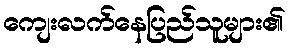
ကျေးလက်နေပြည်သူများ၏